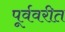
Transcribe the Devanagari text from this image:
पूर्ववरीत